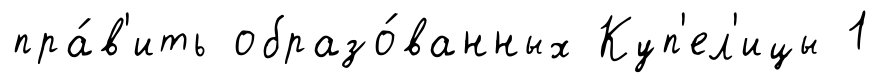
пра́в'ить образо́ванных Куп'ел'ицы 1